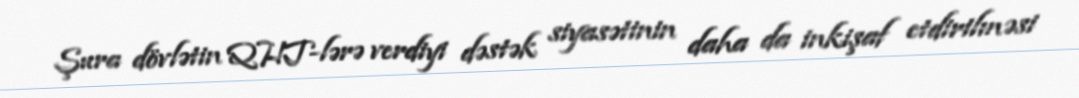
Şura dövlətin QHT-lərə verdiyi dəstək siyasətinin daha da inkişaf etdirilməsi